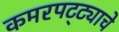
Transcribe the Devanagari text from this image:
कमरपट्ट्याचे